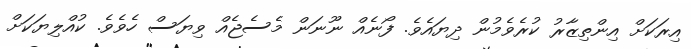
އިރަކަށް އިންތިޒާރު ކުރެވެމުން ދިޔައެވެ. ފޯނެއް ނޫނަން މެސެޖެއް ވިޔަސް ހެވެވެ. ކުއްލިޔަކަށް